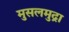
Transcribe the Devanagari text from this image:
मुसलमुद्रा